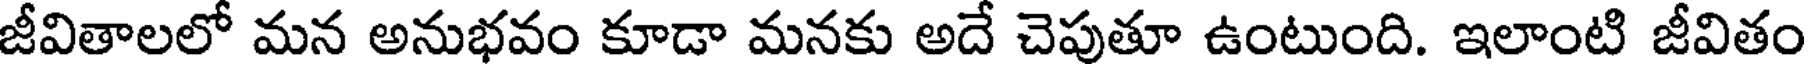
జీవితాలలో మన అనుభవం కూడా మనకు అదే చెపుతూ ఉంటుంది. ఇలాంటి జీవితం